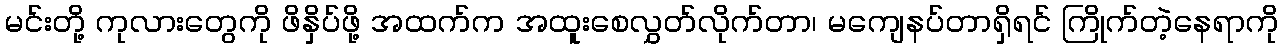
မင်းတို့ ကုလားတွေကို ဖိနှိပ်ဖို့ အထက်က အထူးစေလွှတ်လိုက်တာ၊ မကျေနပ်တာရှိရင် ကြိုက်တဲ့နေရာကို